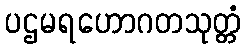
ပဌမရဟောဂတသုတ္တံ